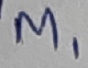
Text: M1